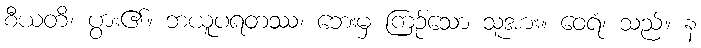
စီယတိ၊ ပွား၏။ ဘယူပရတဿ၊ ဘေးမှ ကြဉ်သော သူအား။ ဝေရံ၊ သည်။ န